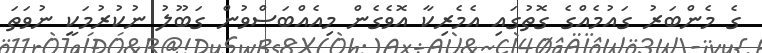
ގެ މެންބަރު ގައުމެއްގެ ގޮތުގައި އެމެރިކާ އޮވެގެން މިއެއްބަސްވުން ގަބޫލު ނުކުރުމަކީ ނުވަތަ